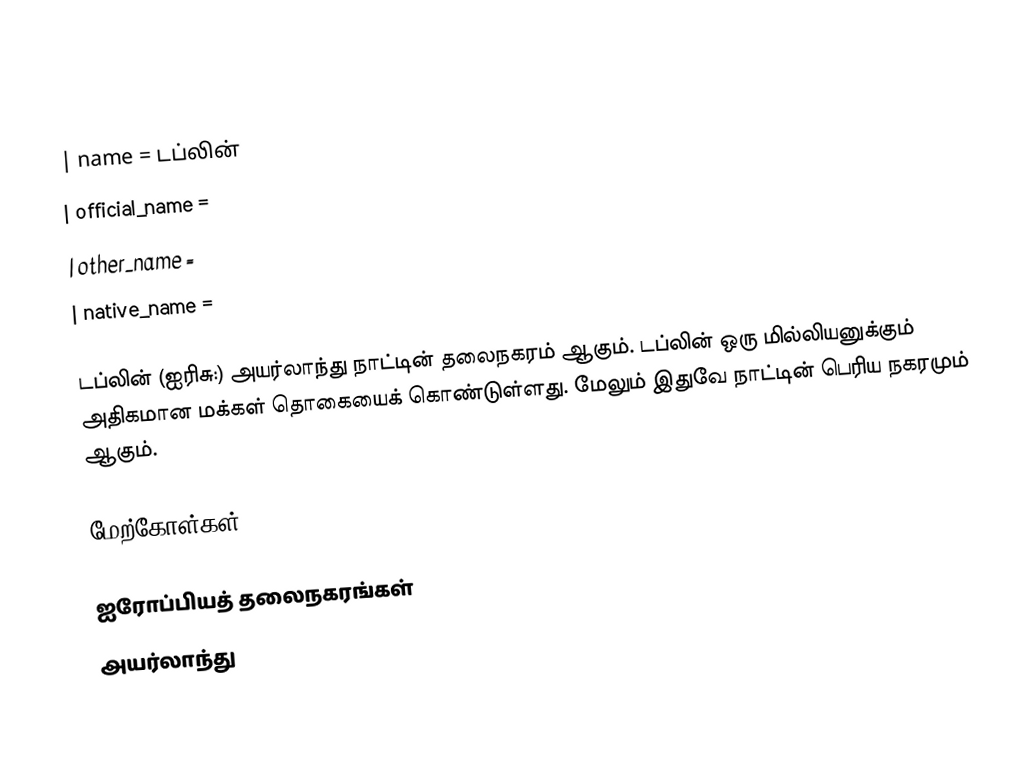
{{Infobox Settlement

| name = டப்லின்
| official_name =
| other_name =
| native_name =

டப்லின் (ஐரிசு:) அயர்லாந்து நாட்டின் தலைநகரம் ஆகும். டப்லின் ஒரு மில்லியனுக்கும் அதிகமான மக்கள் தொகையைக் கொண்டுள்ளது. மேலும் இதுவே நாட்டின் பெரிய நகரமும் ஆகும்.

மேற்கோள்கள்

ஐரோப்பியத் தலைநகரங்கள்
அயர்லாந்து